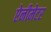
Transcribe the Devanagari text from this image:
ऐनीमेटर